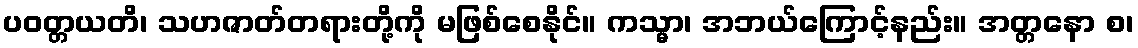
ပဝတ္တယတိ၊ သဟဇာတ်တရားတို့ကို မဖြစ်စေနိုင်။ ကသ္မာ၊ အဘယ်ကြောင့်နည်း။ အတ္တနော စ၊